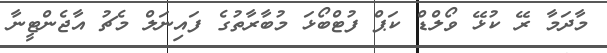
މާދަމާ ރޭ ކުޅޭ ވޯލްޑް ކަޕް ފުޓްބޯޅަ މުބާރާތުގެ ފައިނަލް މެޗު އާޖެންޓީނާ